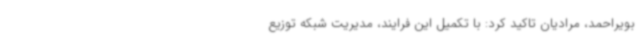
بویراحمد، مرادیان تاکید کرد: با تکمیل این فرایند، مدیریت شبکه توزیع